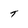
Character: T